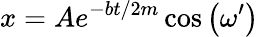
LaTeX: x=Ae^{-bt/2m}\cos\left(\omega^{\prime}\right)